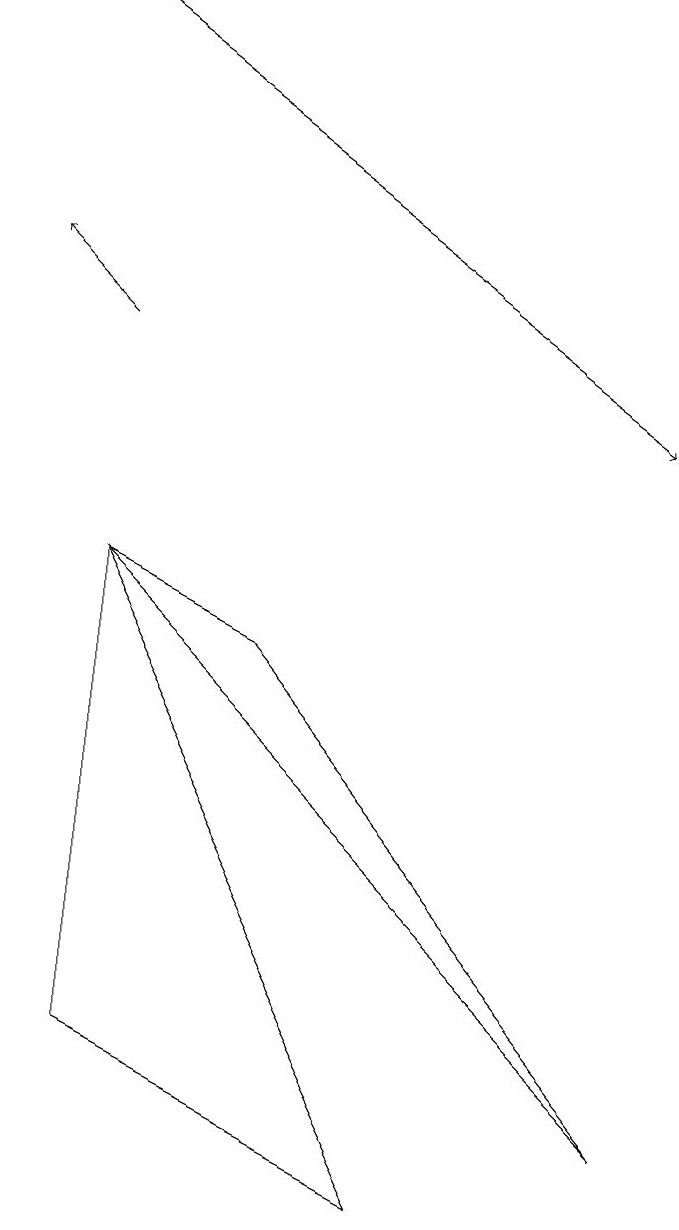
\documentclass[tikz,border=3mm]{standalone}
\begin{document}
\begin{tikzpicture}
\draw (8,1) -- (1,8) -- (3,7) -- cycle;
\draw (1,2) -- (5,0) -- (1,8) -- cycle;
\draw[->] (1,15) -- (8,10);
\draw[->] (1,11) -- (0,12);
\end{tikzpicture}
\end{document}